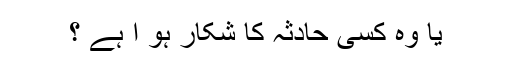
یا وہ کسی حادثہ کا شکار ہو ا ہے ؟